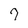
Character: 7